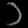
Digit: ၁